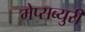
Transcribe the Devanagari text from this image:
मेप्सब्युरी